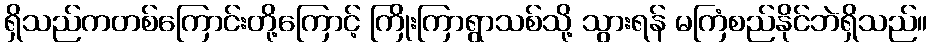
ရှိသည်ကတစ်ကြောင်းတို့ကြောင့် ကြိုးကြာရွာသစ်သို့ သွားရန် မကြံစည်နိုင်ဘဲရှိသည်။